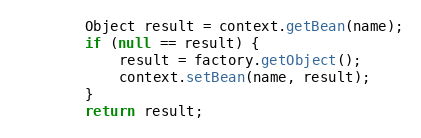
Language: Java
		Object result = context.getBean(name);
		if (null == result) {
			result = factory.getObject();
			context.setBean(name, result);
		}
		return result;